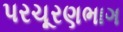
પરચૂરણભાગ